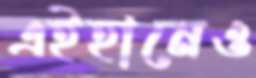
এইহানেও